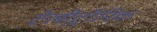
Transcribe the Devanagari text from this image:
टेलीट्रॉनिक